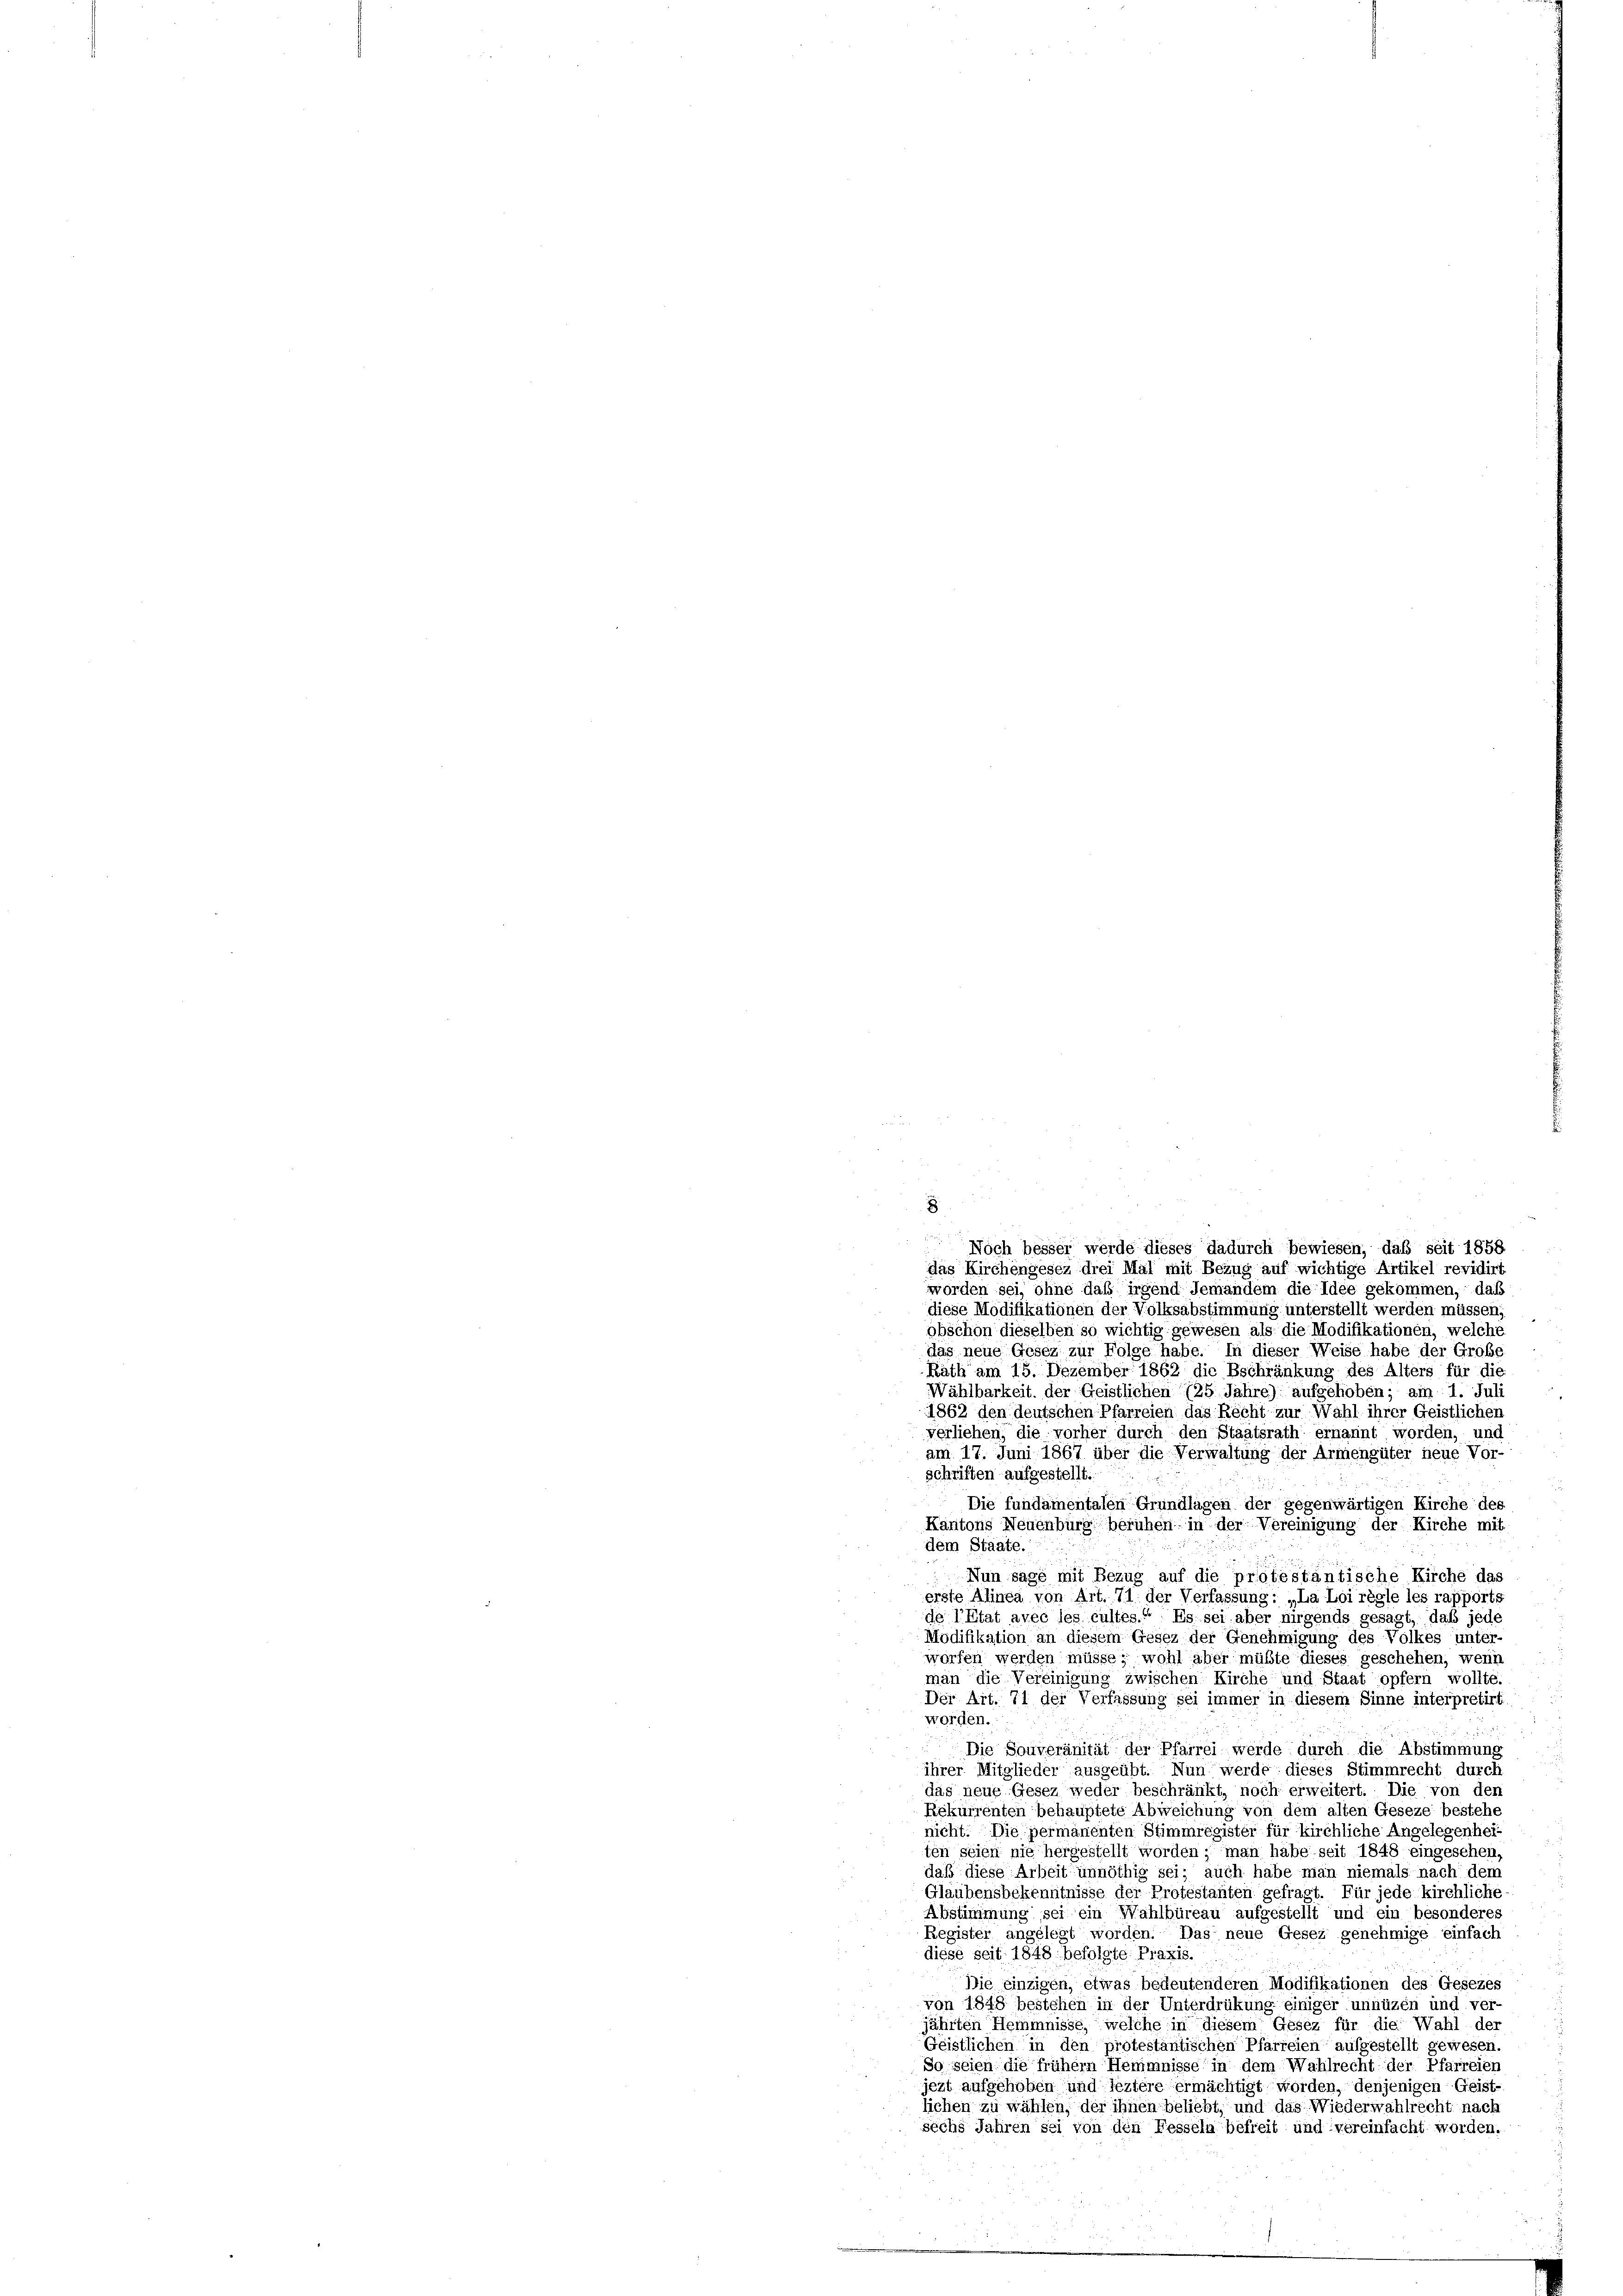
8

.
worden sei, ohne daß irgend Jemandem die Idee gekommen, daß
diese Modifikationen der Volksabstimmung unterstellt werden müssen
obschon dieselben so wichtig gewesen als die Modifikationen, welche
das neue Gesez zur Folge habe. In dieser Weise habe der Grobe
Rath am 15. Dezember 1862 die Beschränkung des Alters für die
Wählbarkeit der Geistlichen (25 Jahre) aufgehoben; am 1. Juli
1862 den deutschen Pfarreien das Recht zur Wahl ihrer Geistlichen
verliehen, die vorher durch den Staatsrath ernannt worden, und
am 17. Juni 1867 über die Verwaltung der Armengüter neue Vor-
schriften aufgestellt.
Die fundamentalen Grundlagen der gegenwärtigen Kirche des
gegen
Kantons Neuenburg beruhen in der Vereinigung der Kirche mit
dem Staate.
Nun sage mit Bezug auf die protestantische Kirche das
erste Alinea von Art. 71 der Verfassung: „La Loi règle les rapports
de l’Etat avec les cultes.“ Es sei aber nirgends gesagt, daß jede
Modifikation an diesem Gesez der Genehmigung des Volkes unter-
worfen werden müsse; wohl aber müßte dieses geschehen, wenn
man die Vereinigung zwischen Kirche und Staat opfern wollte
Der Art. 71 der Verfassung sei immer in diesem Sinne interpretirt
worden.

Die Souveränität der Pfarrei werde durch die Abstimmung
ihrer Mitglieder ausgeübt. Nun werde dieses Stimmrecht durch
das neue Gesez weder beschränkt, noch erweitert. Die von den
Rekurrenten behauptete Abweichung von dem alten Geseze bestehe
nicht. Die permanenten Stimmregister für kirchliche Angelegenheiten seien nie hergestellt worden; man habe seit 1848 eingesehen,
daß diese Arbeit unnöthig sei; auch habe man niemals nach dem
Gläubensbekenntnisse der Protestanten gefragt. Für jede kirchliche
Abstimmung sei ein Wahlbüreau aufgestellt und ein besonderes
Register angelegt worden. Das neue Gesez genehmige einfach
diese seit 1848 befolgte Praxis.
Die einzigen, etwas bedeutenderen Modifikationen des Gesezes
von 1848 bestehen in der Unterdrükung einiger unnüzen und ver-
jährten Hemmnisse, welche in diesem Gesez für die Wahl der
Geistlichen in den protestantischen Pfarreien aufgestellt gewesen.
So seien die frühem Hemmnisse in dem Wahlrecht der Pfarreien
jezt aufgehoben und leztere ermächtigt worden, denjenigen Geist-
lichen zu wählen, der ihnen beliebt, und das Wiederwahlrecht nach
sechs Jahren sei von den Fesseln befreit und vereinfacht worden.

Noch besser werde dieses dadurch bewiesen, daß seit 1858.
das Kirchengesez drei Mal mit Bezug auf wichtige Artikel revidirt